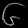
Digit: ၆